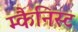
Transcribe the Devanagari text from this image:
म्कैनिस्ट